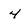
Character: 4